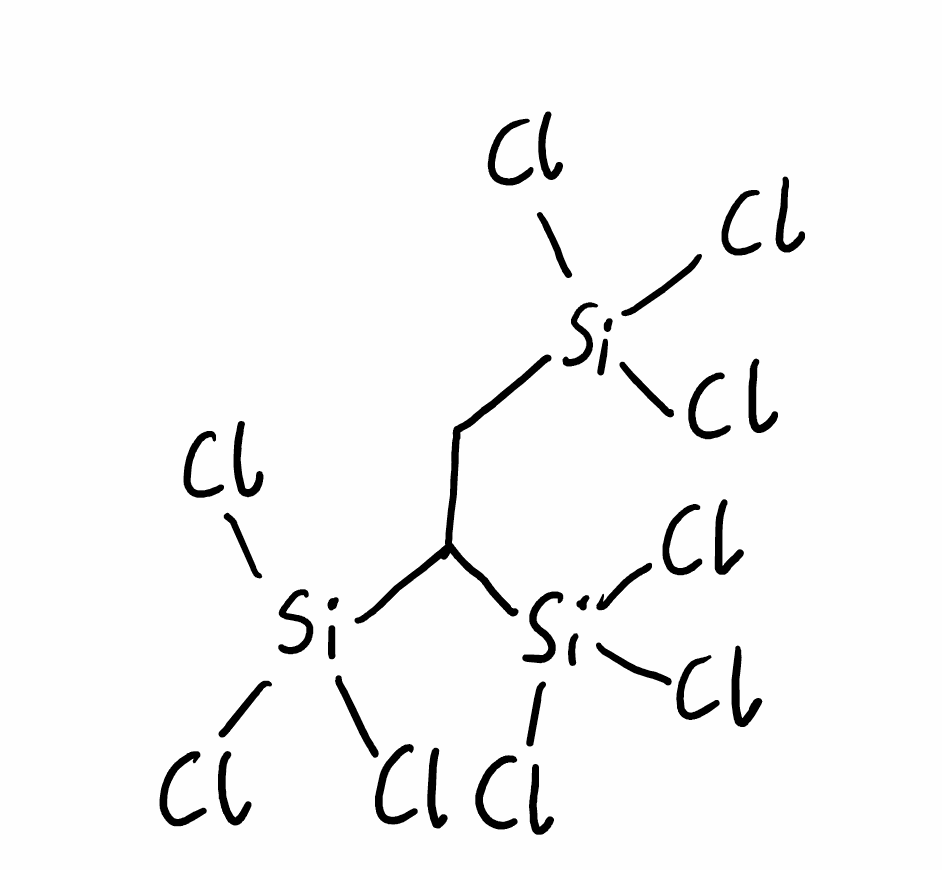
Simplified molecular-input line-entry system (SMILES) notation of the given molecule:
C(C([Si](Cl)(Cl)Cl)[Si](Cl)(Cl)Cl)[Si](Cl)(Cl)Cl